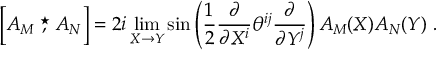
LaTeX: \left[ { \cal A } _ { M } \stackrel { \star } { , } { \cal A } _ { N } \right] = 2 i \operatorname * { l i m } _ { X \rightarrow Y } \sin \left( { \frac { 1 } { 2 } } \frac { \partial } { \partial X ^ { i } } \theta ^ { i j } \frac { \partial } { \partial Y ^ { j } } \right) { \cal A } _ { M } ( X ) { \cal A } _ { N } ( Y ) \ .